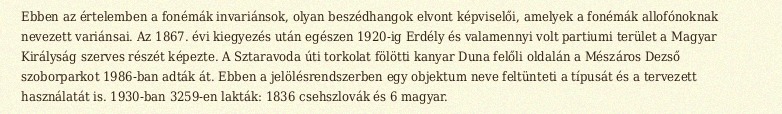
Ebben az értelemben a fonémák invariánsok, olyan beszédhangok elvont képviselői, amelyek a fonémák allofónoknak nevezett variánsai. Az 1867. évi kiegyezés után egészen 1920-ig Erdély és valamennyi volt partiumi terület a Magyar Királyság szerves részét képezte. A Sztaravoda úti torkolat fölötti kanyar Duna felőli oldalán a Mészáros Dezső szoborparkot 1986-ban adták át. Ebben a jelölésrendszerben egy objektum neve feltünteti a típusát és a tervezett használatát is. 1930-ban 3259-en lakták: 1836 csehszlovák és 6 magyar.